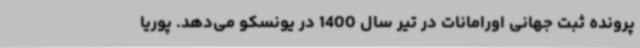
پرونده ثبت جهانی اورامانات در تیر سال 1400 در یونسکو می‌دهد. پوریا